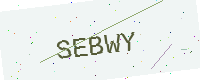
Text: SEBWY